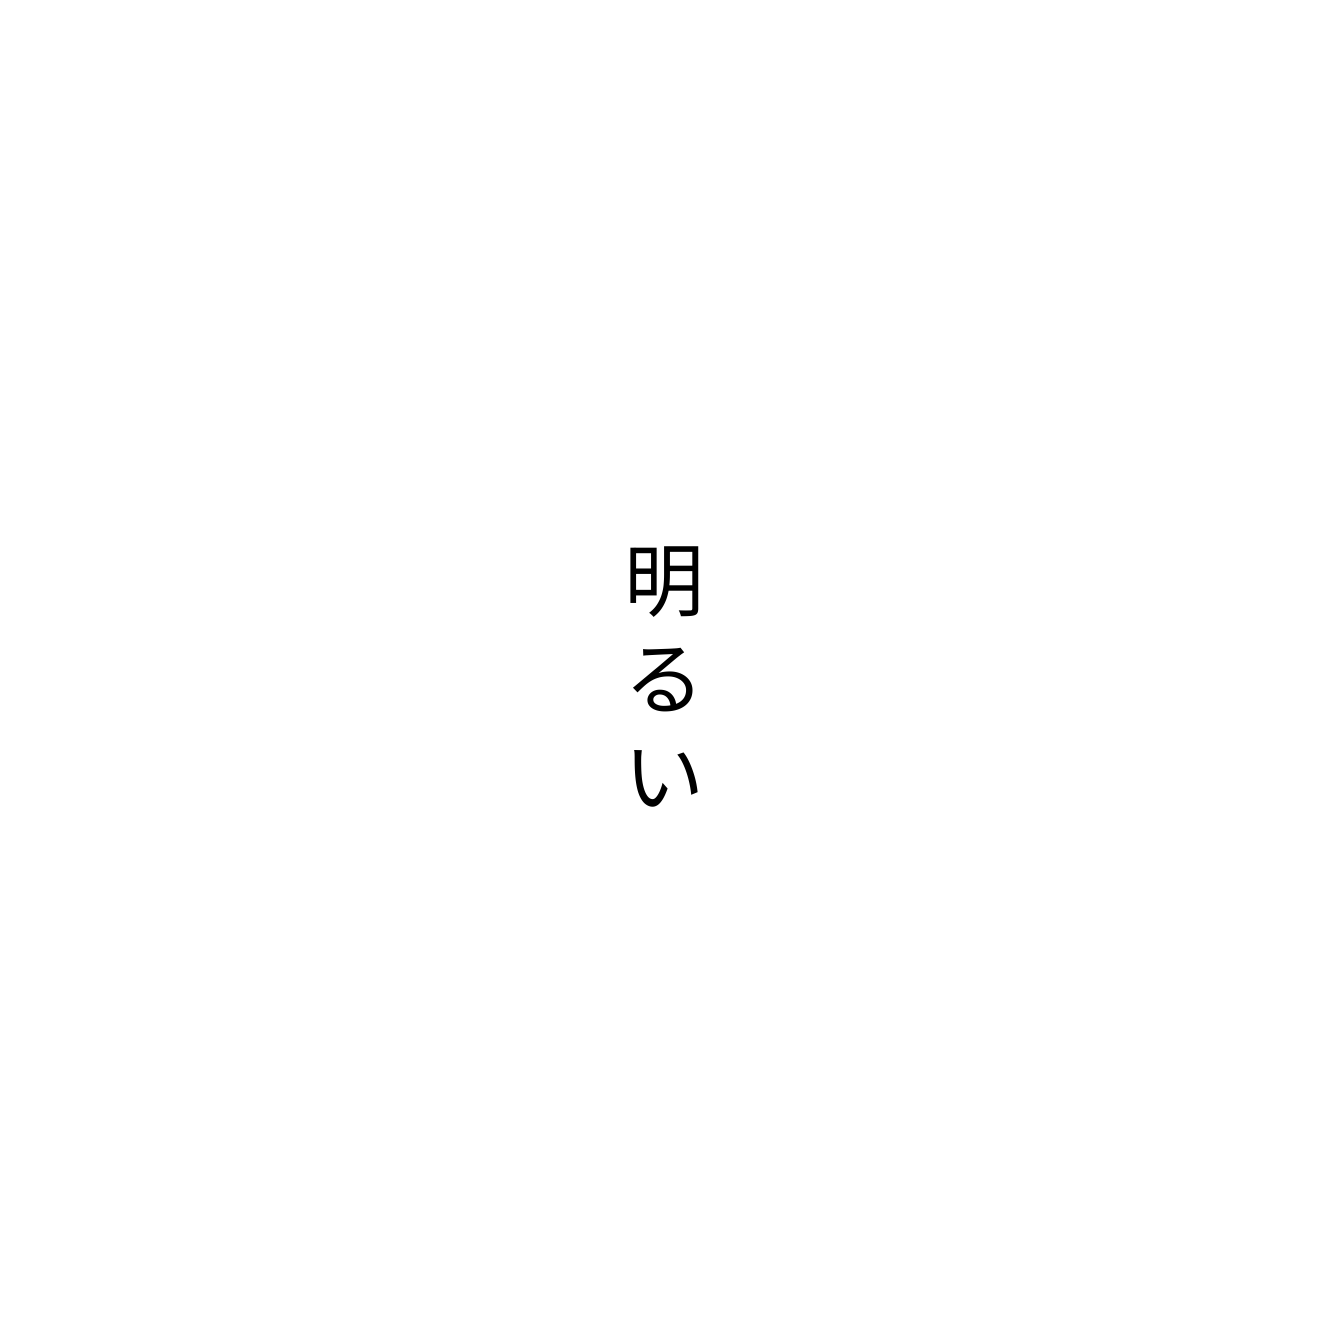
明るい